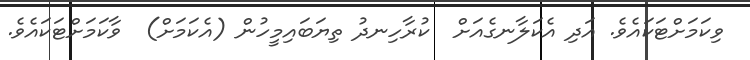
ވިކަމަށްޓަކައެވެ. އަދި އެކަލާނގެއަށް  ކުރާހިނދު ތިޔަބައިމީހުން (އެކަމަށް)  ވާކަމަށްޓަކައެވެ.